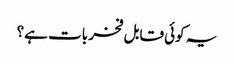
یہ کوئی قابل فخر بات ہے؟